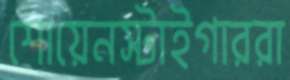
শোয়েনস্টাইগাররা